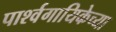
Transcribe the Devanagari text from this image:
पार्श्वगायिकेच्या